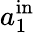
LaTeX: a_{1}^{\mathrm{in}}